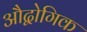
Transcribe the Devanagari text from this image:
औद्वोगिक